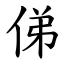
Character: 俤